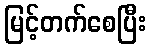
မြင့်တက်စေပြီး